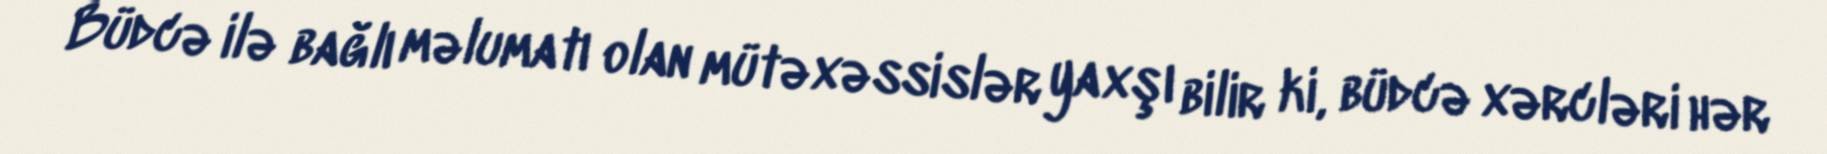
Büdcə ilə bağlı məlumatı olan mütəxəssislər yaxşı bilir ki, büdcə xərcləri hər